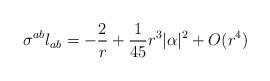
LaTeX: \begin{align*}\sigma^{ab} l_{ab} = - \frac{2}{r} +\frac{ 1}{45} r^3 |\alpha|^2 +O(r^4)\end{align*}